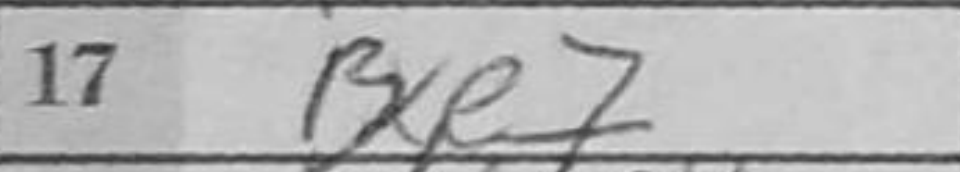
Transcription: Bxe7